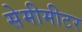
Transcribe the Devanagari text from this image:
सेमीमीटर